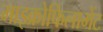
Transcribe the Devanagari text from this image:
माइक्रोफिलामेंट